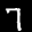
Label: 7